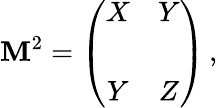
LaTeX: \mathbf{M}^{2}=\left(\begin{array}{cc}{{X}}&{{Y}}\\ {{}}&{{}}\\ {{Y}}&{{Z}}\end{array}\right)\, ,